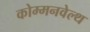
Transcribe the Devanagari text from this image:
कोम्मनवेल्थ